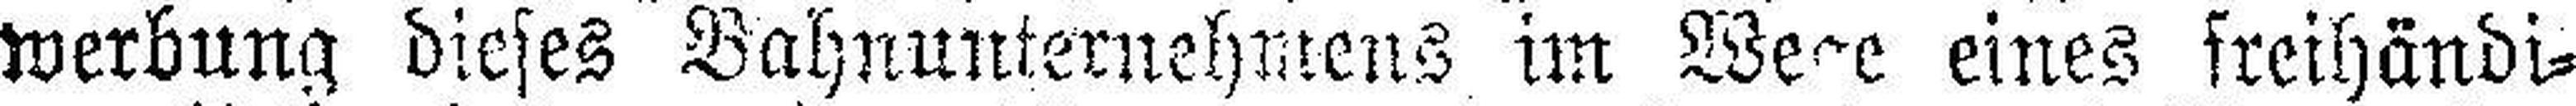
werbung dieses Bahnunternehmens im We###e eines freihändi¬